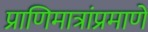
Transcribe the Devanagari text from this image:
प्राणिमात्रांप्रमाणे